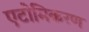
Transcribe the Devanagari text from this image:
एटोमिकरण